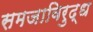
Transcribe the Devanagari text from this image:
समजाविरुद्ध